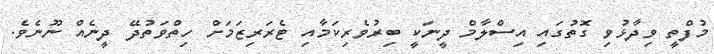
މުފްތީ ވިދާޅުވި ގޮތުގައި އިސްލާމް ދީނަކީ ބިރުވެރިކަމާއި ޓެރަރިޒަމަށް ހިތްވަތުދޭ ދީނެއް ނޫނެވެ.